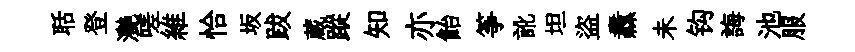
聒登灔嗟維恰坂跋蔵蹤知亦飴筝訛坦盜纛未钩誨池服